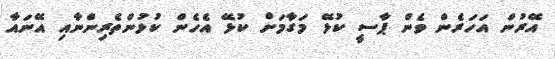
އޭރުން އަހަރެން ވެން ޕާސީ ކުޅޭ މަގާމަށް ކުޅޭ އެހެން ކުޅުންތެރިންނާއި އޭނައާ